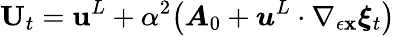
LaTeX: \mathbf{U}_{t}={\mathbf{u}}^{L}+\alpha^{2}\big(\boldsymbol{A}_{0}+\boldsymbol{u}^{L}\cdot\nabla_{\epsilon{\mathbf{x}}}\boldsymbol{\xi}_{t}\big)